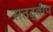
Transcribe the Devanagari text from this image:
सतद्वीप